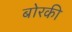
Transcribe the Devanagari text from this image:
बोरकी